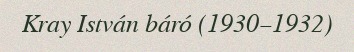
Kray István báró (1930–1932)